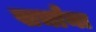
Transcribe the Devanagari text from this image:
खर्चांना